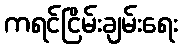
ကရင်ငြိမ်းချမ်းရေး